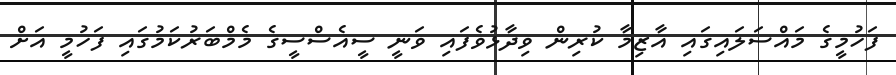
ފަހުމީގެ މައްސަލައިގައި އާޒިމާ ކުރިން ވިދާޅުވެފައި ވަނީ ސީއެސްސީގެ މެމްބަރުކަމުގައި ފަހުމީ އަށް